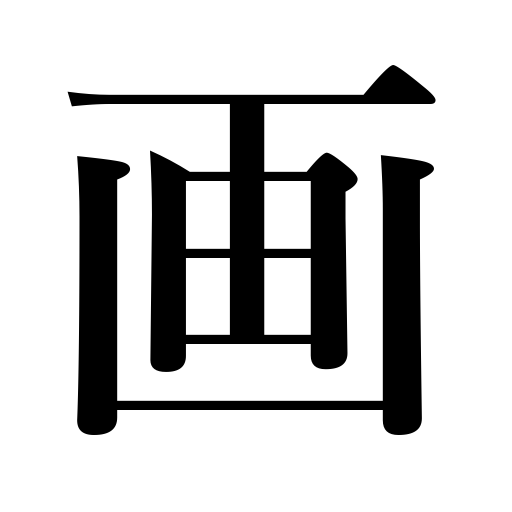
Meanings: picture,sketch,drawing,painting,stroke in a character